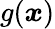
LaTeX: g(\boldsymbol{x})